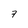
Character: 7